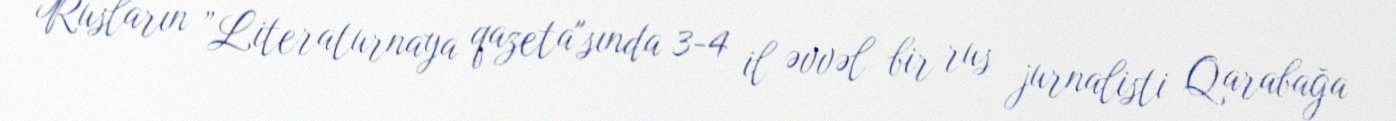
Rusların ”Literaturnaya qazeta"sında 3-4 il əvvəl bir rus jurnalisti Qarabağa